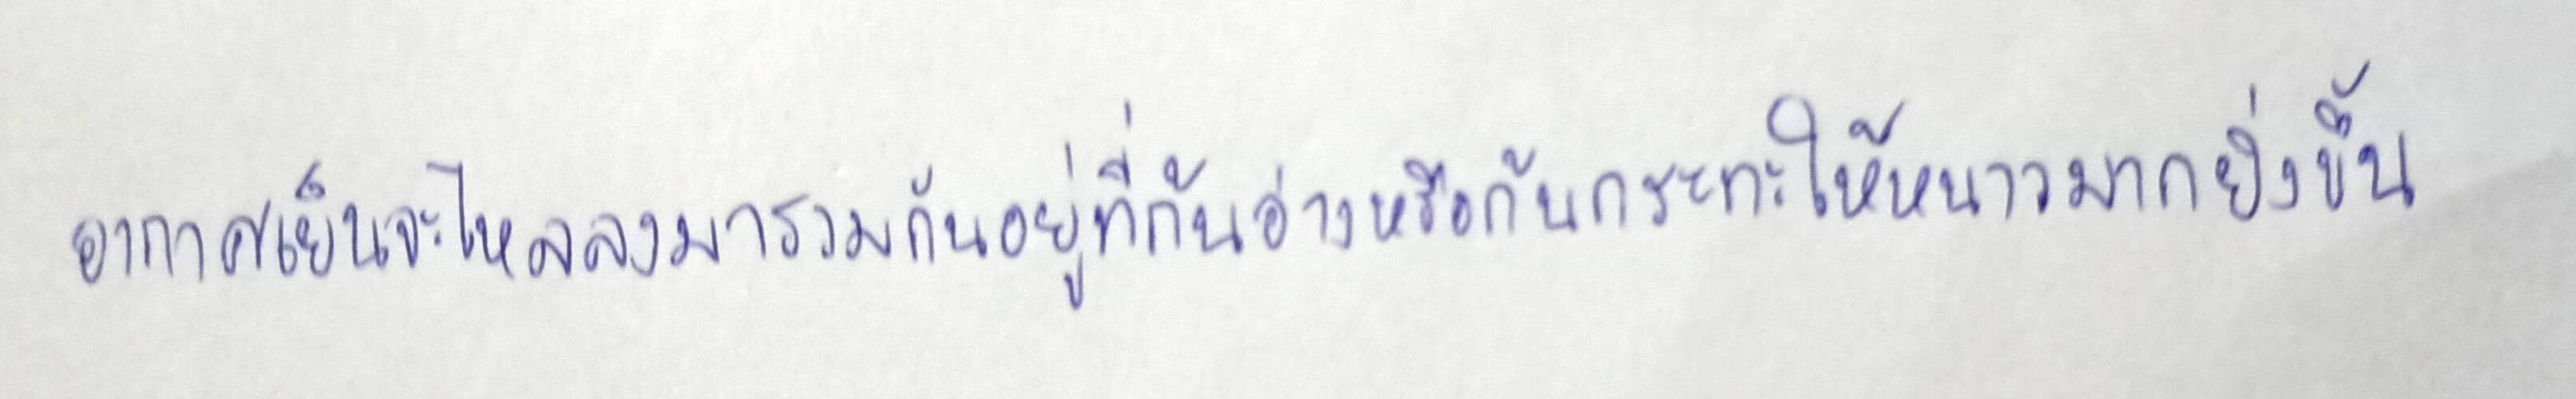
อากาศเย็นจะไหลลงมารวมกันอยู่ที่ก้นอ่างหรือก้นกระทะทำให้หนาวมากยิ่งขึ้น